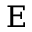
\boldsymbol { \mathrm E }